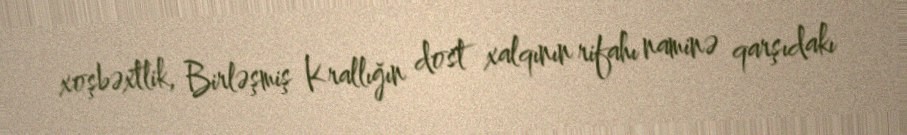
xoşbəxtlik, Birləşmiş Krallığın dost xalqının rifahı naminə qarşıdakı